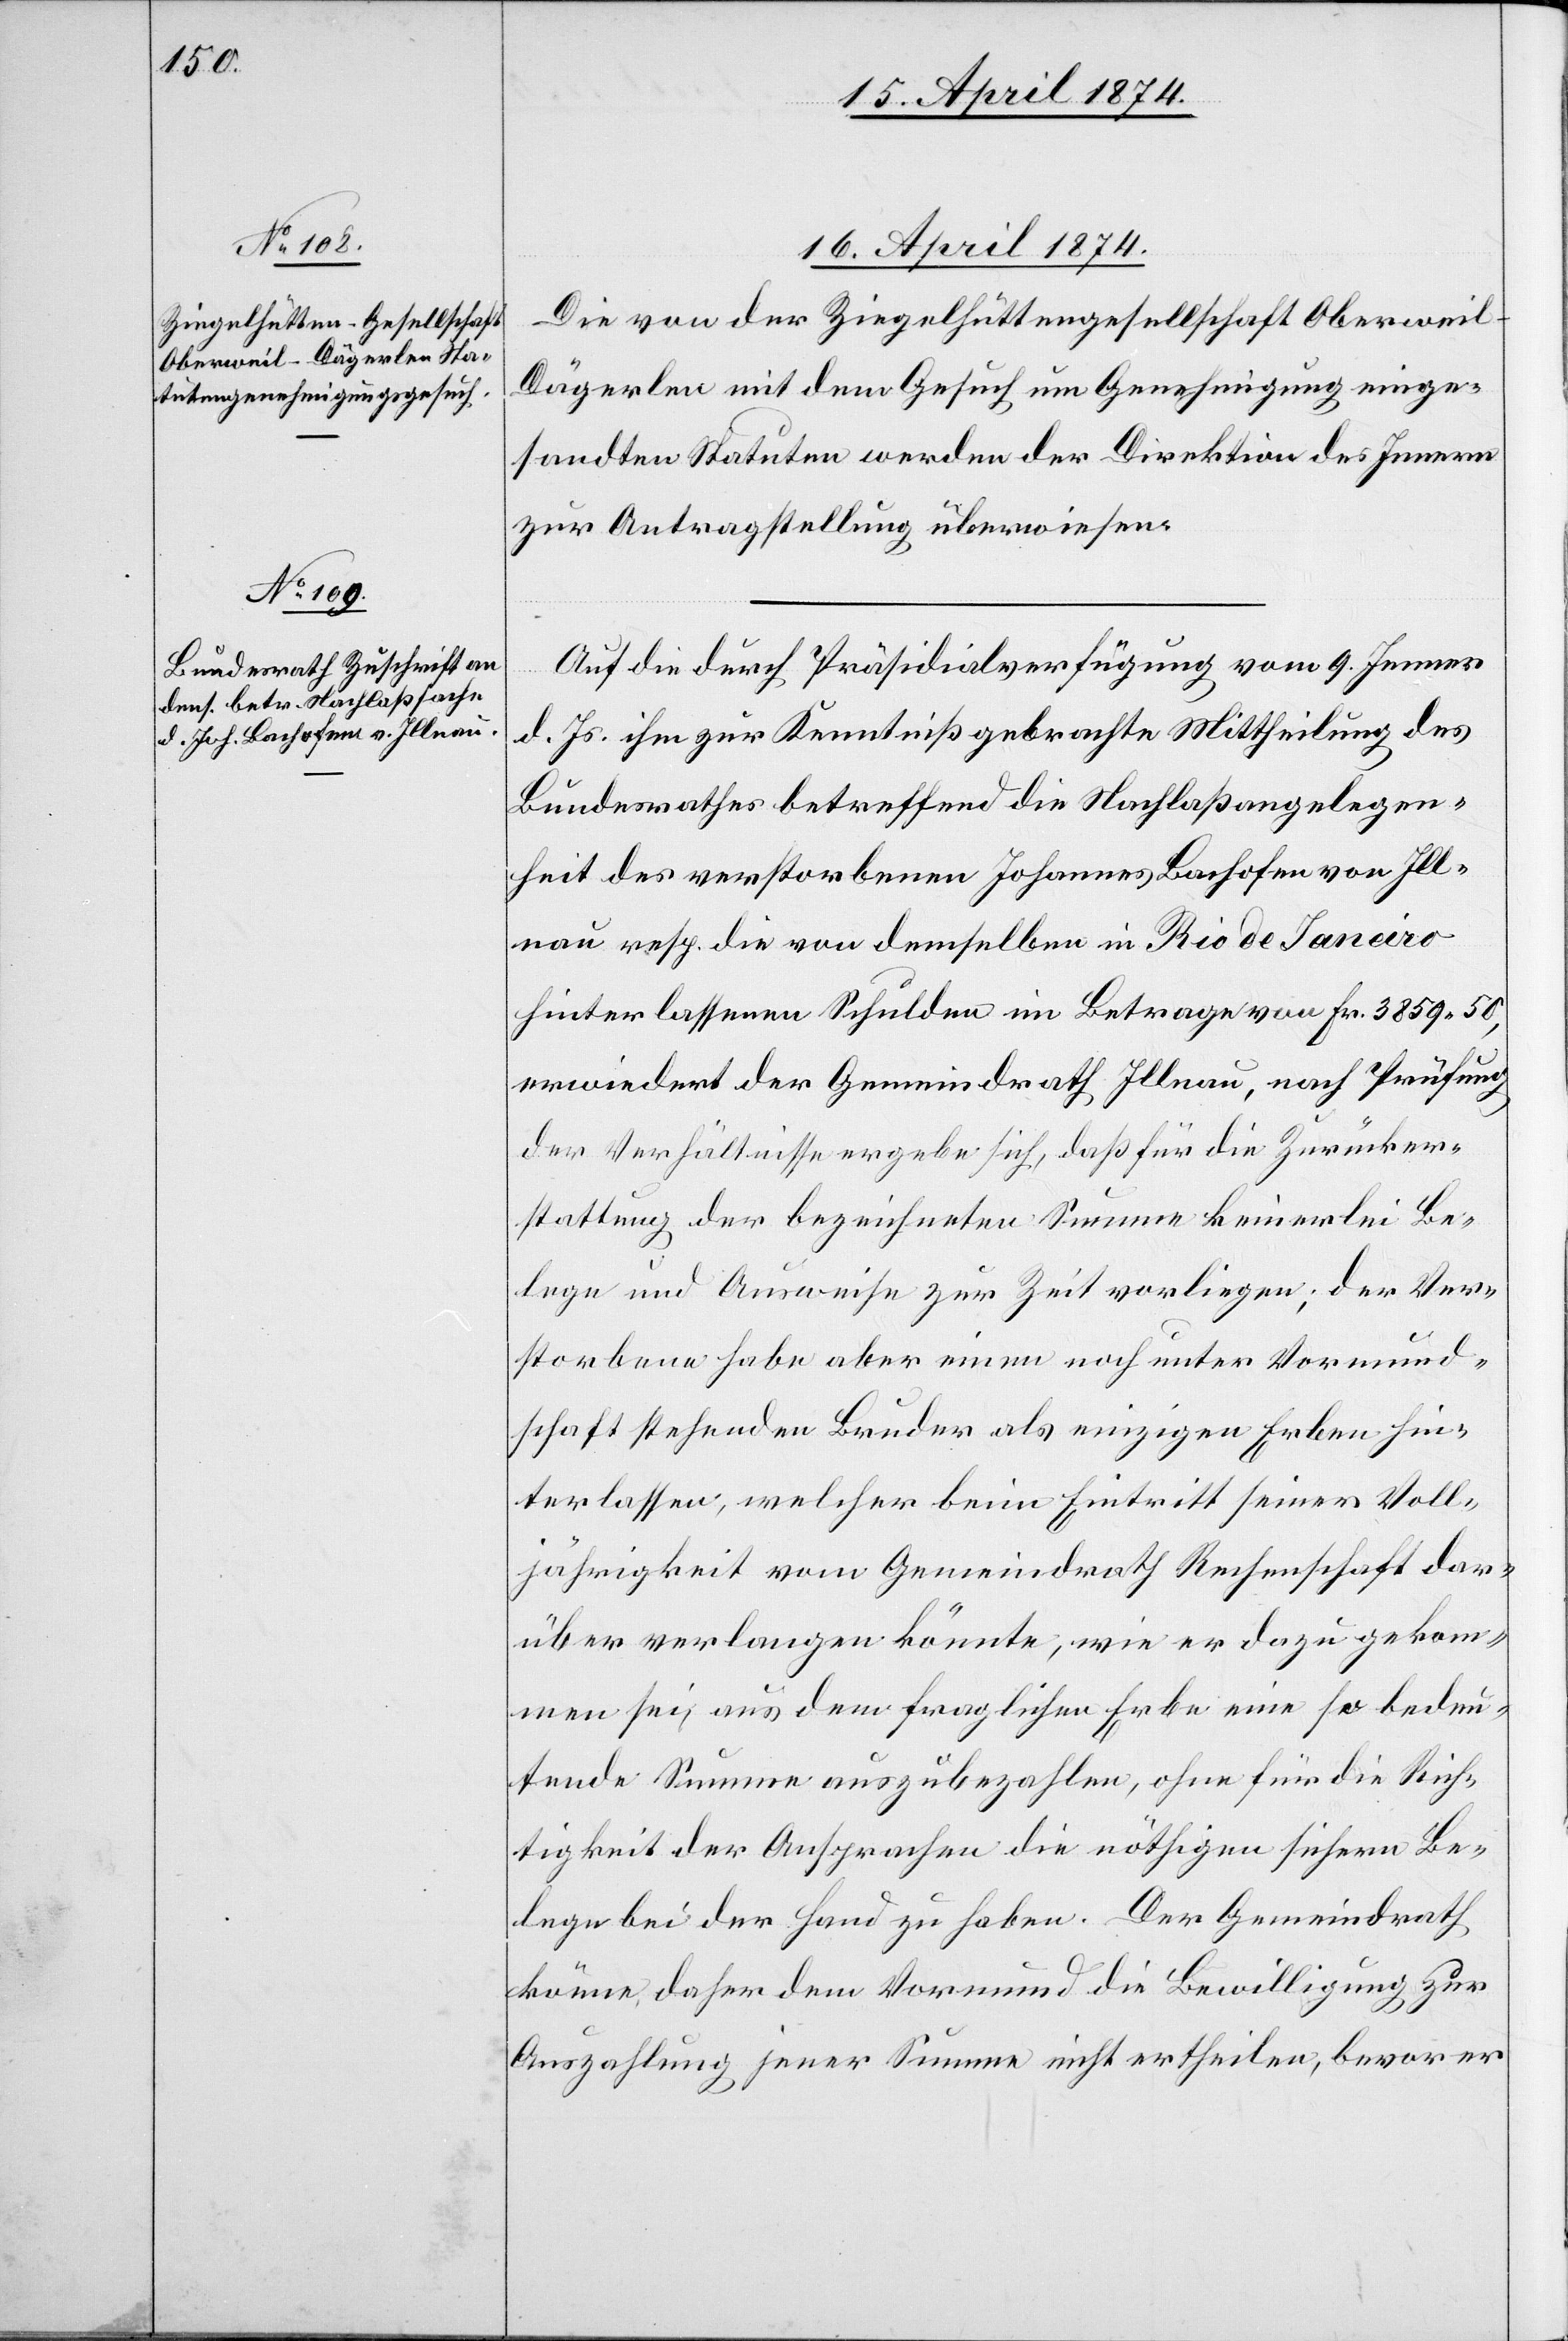
15. April 1874.]
Die von der Ziegelhüttengesellschaft Oberwei¬
l-Dägerlen mit dem Gesuch um Genehmigung einge¬
sandten Statuten werden der Direktion des Innern
zur Antragstellung überwiesen.
Auf die durch Präsidialverfügung vom 9. Jenner
d. Js. ihm zur Kenntniß gebrachte Mittheilung des
Bundesrathes betreffend die Nachlaßangelegen¬
heit des verstorbenen Johannes Bachofen von Ill¬
nau resp. die von demselben in Rio de Janeiro
hinterlassenen Schulden im Betrage von Fr. 3859.50,
erwiedert der Gemeindrath Illnau, nach Prüfung
der Verhältnisse ergebe sich, daß für die Zurücker¬
stattung der bezeichneten Summe keinerlei Be¬
lege und Ausweise zur Zeit vorliegen; der Ver¬
storbene habe aber einen noch unter Vormund¬
schaft stehenden Bruder als einzigen Erben hin¬
terlassen, welcher beim Eintritt seiner Voll¬
jährigkeit vom Gemeindrath Rechenschaft dar¬
über verlangen könnte, wie er dazu gekom¬
men sei, aus dem fraglichen Erbe eine so bedeu¬
tende Summe auszubezahlen, ohne für die Rich¬
tigkeit der Ansprachen die nöthigen sichern Be¬
lege bei der Hand zu haben. Der Gemeindrath
könne daher dem Vormund die Bewilligung zur
Auszahlung jener Summe nicht ertheilen, bevor er